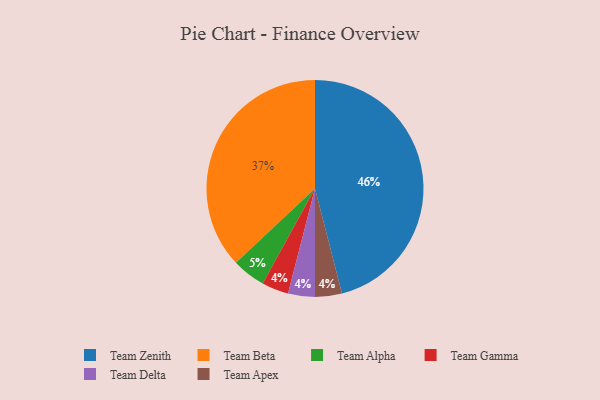
{"axis": {"x": "Category", "y": "Percentage"}, "legend": ["Team Alpha", "Team Apex", "Team Beta", "Team Delta", "Team Gamma", "Team Zenith"], "data": [{"x": "Team Zenith", "y": 46, "type": "Team Zenith"}, {"x": "Team Gamma", "y": 4, "type": "Team Gamma"}, {"x": "Team Alpha", "y": 5, "type": "Team Alpha"}, {"x": "Team Beta", "y": 37, "type": "Team Beta"}, {"x": "Team Delta", "y": 4, "type": "Team Delta"}, {"x": "Team Apex", "y": 4, "type": "Team Apex"}]}